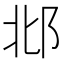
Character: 邶